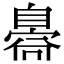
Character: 𦤝